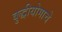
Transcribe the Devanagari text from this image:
बुद्धीयोगाचे